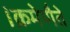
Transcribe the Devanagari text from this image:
।क्रमेणैते